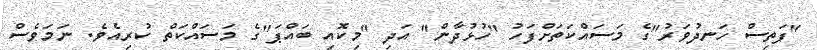
"ފަތިސް ހަނދުވަރު"ގެ މަސައްކަތަށްފަހު "ހުޅުދާން" އަދި "މިކޮއި ބައްޕަ"ގެ މަސައްކަތް ކުރިއެވެ. ނަމަވެސް